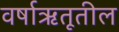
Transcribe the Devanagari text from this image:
वर्षाऋतूतील